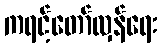
ကရင့်တော်လှန်ရေး